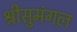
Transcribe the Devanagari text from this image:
श्रीसुमंगल